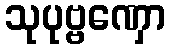
သုပုဗ္ဗဏှော